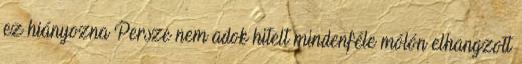
ez hiányozna Persze nem adok hitelt mindenféle mólón elhangzott